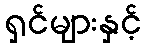
ရှင်များနှင့်